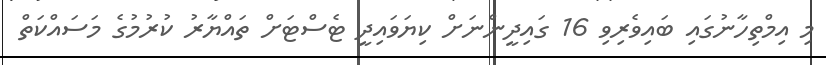
މި އިމްތިހާނުގައި ބައިވެރިވި 16 ގައިދީންނަށް ކިޔަވައިދީ ޓެސްޓަށް ތައްޔާރު ކުރުމުގެ މަސައްކަތް